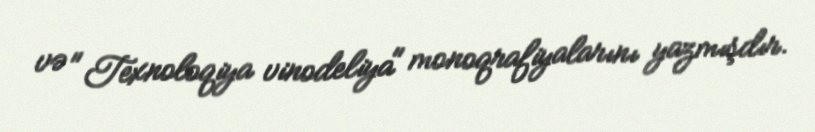
və ″Texnoloqiya vinodeliya″ monoqrafiyalarını yazmışdır.